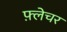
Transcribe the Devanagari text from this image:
फ़्लेचर